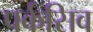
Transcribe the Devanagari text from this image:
पर्कसिव